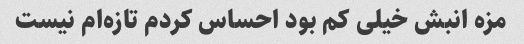
مزه انبش خیلی کم بود احساس کردم تازه‌ام نیست